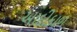
આદીકાળ